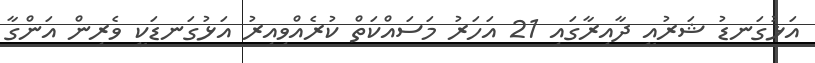
އަޅުގަނޑު ޝަރުއީ ދާއިރާގައި 21 އަހަރު މަސައްކަތް ކުރެއްވިއިރު އަޅުގަނޑަކީ ވެރިން އަންގާ